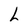
Character: L